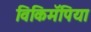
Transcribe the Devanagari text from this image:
विकिमॅपिया